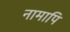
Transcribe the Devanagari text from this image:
नामापि